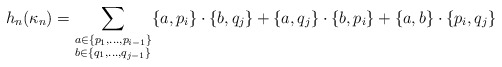
\begin{align*}h_n(\kappa_n) = \sum_{\substack{a \in \{p_1, \dots, p_{i-1}\} \\ b\in \{q_1, \dots, q_{j-1}\}}} \{a, p_i\} \cdot \{b,q_j\} + \{a, q_j\} \cdot \{b, p_i\} + \{a,b\}\cdot \{p_i,q_j\}\end{align*}